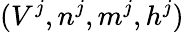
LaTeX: (V^{j},n^{j},m^{j},h^{j})